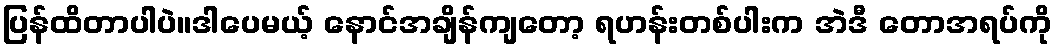
ပြန်ထိတာပါပဲ။ဒါပေမယ့် နောင်အချိန်ကျတော့ ရဟန်းတစ်ပါးက အဲဒီ တောအရပ်ကို